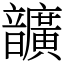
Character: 𩑈